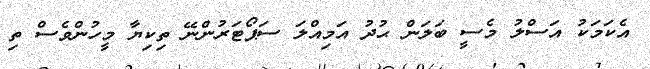
އެކަމަކު އަސްލު މެސީ ބަލަން ޙުދު އަމިއްލަ ސަޕޯޓަރުންނޭ ތިކިޔާ މީހުންވެސް ތި